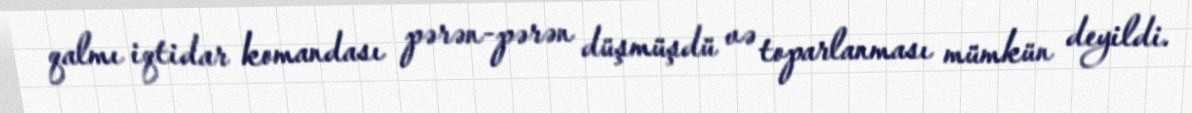
qalmı iqtidar komandası pərən-pərən düşmüşdü və toparlanması mümkün deyildi.